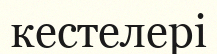
кестелері